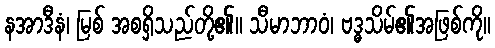
နအာဒီနံ၊ မြစ် အစရှိသည်တို့၏။ သီမာဘာဝံ၊ ဗဒ္ဓသိမ်၏အဖြစ်ကို။